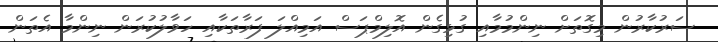
ސަރުކާރުން މިގޮތަށް ނިންމުމާއި ގުޅިގެން އޮލިމްޕަސް އަމިއްލަ ފަރާތަކާއި ހަވާލުކުރަން ނިންމާ އެތަން